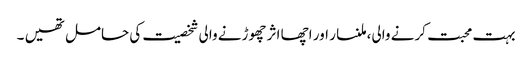
بہت محبت کرنے والی، ملنسار اور اچھا اثر چھوڑنے والی شخصیت کی حامل تھیں ۔